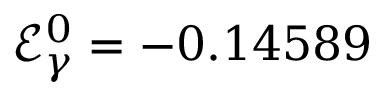
\mathcal { E } _ { \gamma } ^ { 0 } = - 0 . 1 4 5 8 9